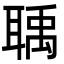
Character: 聥